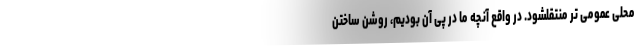
محلی عمومی تر منتقلشود. در واقع آنچه ما در پی آن بودیم، روشن ساختن